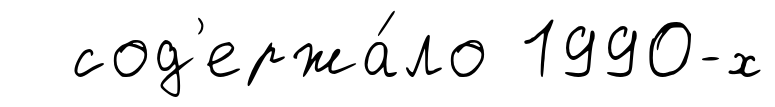
сод'ержа́ло 1990-х